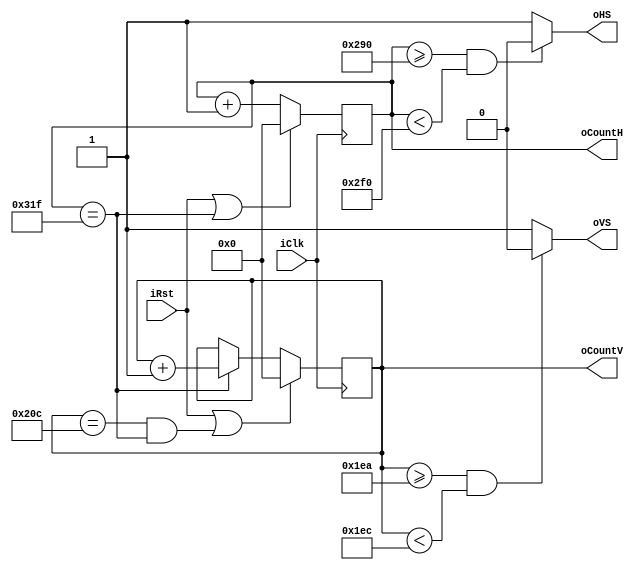
`timescale 1ns / 1ps
//////////////////////////////////////////////////////////////////////////////////
// Company:  GroupT
// 
// Design Name: VGA timings
// Module Name: VGA_timings
// Project Name: VGA timings
// Target Devices: Pynq-Z2
// Tool Versions: -
// Description: VGA_timings is a sequential circuit that generates the 
// horizontal/vertical sync output signals (oHS and oVS). 
// It internally contains two counters that keep track of the current position
// in the display: the row and column for the current pixel. 
// The values of these two counters (oCountH and oCountV) 
// are an output of this module.
// 
// Dependencies: -
// 
// Revision: -
// Revision 0.01 - File Created
// Additional Comments: -
// 
//////////////////////////////////////////////////////////////////////////////////


module VGA_timings #(
    // Parameters Glossary:
    //
    // H_ = Horizontal
    // V_ = Vertical
    // 
    // _FP = Front Porch
    // _PW = Pulse Width
    // _BP = Back Protch
    //
    // Screen (Horizontal) pixel parameters
    // H total = 640 + 16 + 96 + 48 = 800
        parameter WIDTH = 640,
        parameter H_FP = 16,
        parameter H_PW = 96,
        parameter H_BP = 48,
    
    // Number of lines
    // V total = 480 + 10 + 2 + 33 = 525
        parameter HEIGHT = 480,
        parameter V_FP = 10,
        parameter V_PW = 2,
        parameter V_BP = 33
    )
    (
        input  wire iClk, iRst,
    // oHS = Output Horizontal Sync
    // oVS = Output Vertical Sync
        output wire oHS, oVS,
    // Counters that keep track of the current position
    // in the display: 
    // the row and column for the current pixel.
    //
    // 10 bits are sufficient
    // we can count up to 2^10 - 1 = 1023 
        output wire [9:0] oCountH, oCountV
    );
    
    // Horizontal & Vertical Counter implementation
    // 
    localparam N = 10;
    //
    // HORIZONTAL COUNTER IMPLAMENTATION
    //
    // The oCountH should be incremented from 0 to 656 with oHS set to 1,
    // then from pixel 656 to 752 oHS is set to 0 (SYNCh) and, finnaly from 752
    // up to 800 it is set to 1 again.
    localparam H_LIM = ( WIDTH + H_FP + H_PW + H_BP ) - 1;
    
    // Signal declaration
    reg  [N-1:0] H_r_CntCurr; // the actual counter
    wire [N-1:0] H_w_CntNext;  // the imput to the register 
    wire H_w_Rst;
    wire H_w_Cmp;
     
    // The counter register
    always @( posedge iClk )
        if ( H_w_Rst == 1 )
            H_r_CntCurr <= 0;
        else
            H_r_CntCurr <= H_w_CntNext;
    
    // The internal comparator
    assign H_w_Cmp = ( H_r_CntCurr == H_LIM );
    // The internal reset occur on external reset(iRst) OR
    // on the H_LIM comparison(H_w_Cmp)
    assign H_w_Rst = ( iRst | H_w_Cmp );
    // The increment circuit
    assign H_w_CntNext = H_r_CntCurr + 1;
    // Connect the increment at the output of the 
    // Horizontal counter
    assign oCountH = H_r_CntCurr;
    // GENERATE HORIZONTAL SYNC (oHS)
    // Change Output Horizontal Sync by comparing the counter value 
    // with the pulse width
    assign oHS = ( H_r_CntCurr >= ( WIDTH + H_FP ) && H_r_CntCurr < ( WIDTH + H_FP + H_PW )) ? 0 : 1;       

    // VERTICAL COUNTER IMPLAMENTATION
    //
    // The oCountV should be incremented from 0 to 490 with oVS set to 1,
    // then from pixel 490 to 492 oHS is set to 0 (SYNCh) and, finnaly from 492
    // up to 525 it is set to 1 again.
    // The important difference here is that the increments should only occur 
    // when a line has been completed ( oCountH == H_LIM )
    localparam V_LIM = ( HEIGHT + V_FP + V_PW + V_BP ) - 1;
    
    // Signal declaration
    reg  [N-1:0] V_r_CntCurr; // the actual counter
    wire [N-1:0] V_w_CntNext;  // the imput to the register 
    wire V_w_Rst;
    wire V_w_Cmp;
    
    // The counter register
    always @( posedge iClk )
        if ( V_w_Rst == 1 )
            V_r_CntCurr <= 0;
        else
            V_r_CntCurr <= V_w_CntNext;
            
    // The internal comparator that only flags the limit
    // when both counters have reached their maximum value.
    assign V_w_Cmp = ( V_r_CntCurr == V_LIM && oCountH == H_LIM );
    // The internal reset occur on external reset(iRst) OR
    // on the V_LIM comparison(V_w_Cmp)
    assign V_w_Rst = ( iRst | V_w_Cmp );
    // The increment circuit only increments the line count when the horizontal
    // counter reaches its limit
    assign V_w_CntNext = ( oCountH == H_LIM ) ? V_r_CntCurr + 1 : V_r_CntCurr;
    // Connect the increment at the output of the 
    // VErtical counter
    assign oCountV = V_r_CntCurr;
    // GENERATE VERTICAL SYNC (oVS)
    // Change Output Vertical Sync by comparing the counter value 
    // with the pulse width
    assign oVS = ( V_r_CntCurr >= ( HEIGHT + V_FP ) && V_r_CntCurr < ( HEIGHT + V_FP + V_PW )) ? 0 : 1;
        
endmodule